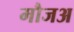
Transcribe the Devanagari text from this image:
मौजअ